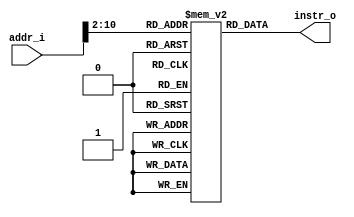
module Instruction_Memory(
    addr_i, 
    instr_o
);

// Interface
input   [31:0]      addr_i;
output  [31:0]      instr_o;

// Instruction memory
reg     [31:0]     memory  [0:511]; // Declaration of 511 32-bit registers

assign  instr_o = memory[addr_i>>2];  
endmodule